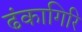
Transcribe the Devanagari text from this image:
ढंकागिरि